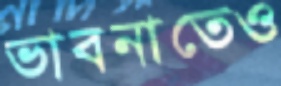
ভাবনাতেও